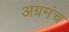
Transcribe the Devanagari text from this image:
अग्रमंच